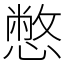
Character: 憋